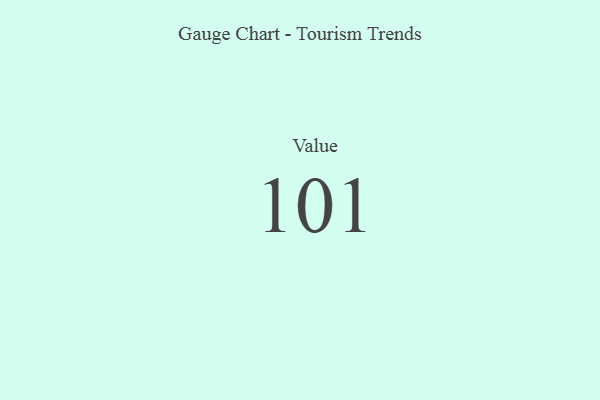
{"axis": {"x": "Metric", "y": "Value"}, "legend": [""], "data": [{"x": "Value", "y": 101, "type": ""}]}